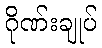
ဂိုဏ်းချုပ်